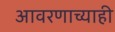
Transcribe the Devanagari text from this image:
आवरणाच्याही